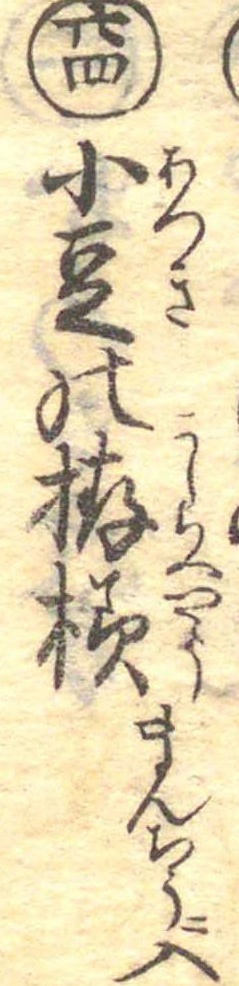
廿四小豆の拵様まんちうに入